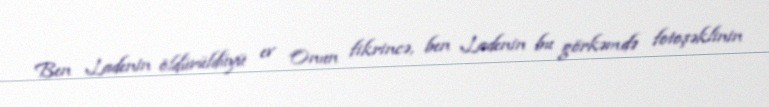
Ben Ladenin öldürüldüyü ev Onun fikrincə, ben Ladenin bu görkəmdə fotoşəklinin